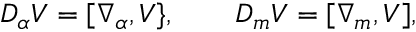
{ \cal D } _ { \alpha } V = [ \nabla _ { \alpha } , V \} , \qquad { \cal D } _ { m } V = [ \nabla _ { m } , V ] ,